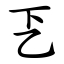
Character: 乤